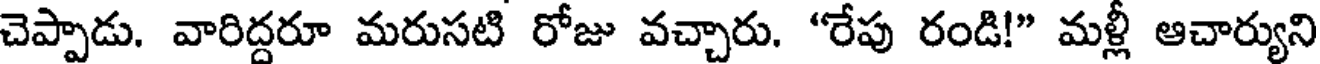
చెప్పాడు. వారిద్దరూ మరుసటి రోజు వచ్చారు. "రేపు రండి!" మళ్లీ ఆచార్యుని